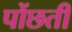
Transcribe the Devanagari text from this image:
पोंछती